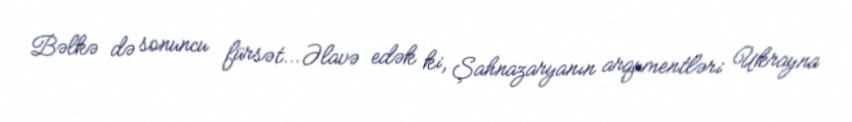
Bəlkə də sonuncu fürsət... Əlavə edək ki, Şahnazaryanın arqumentləri Ukrayna